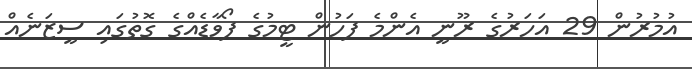
އުމުރުން 29 އަހަރުގެ ރޫނީ އެންމެ ފަހުން ޓީމުގެ ފޯވާޑެއްގެ ގޮތުގައި ސީޒަނެއް